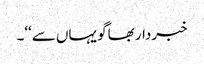
خبردار بھاگو یہاں سے‘‘۔